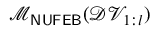
\mathcal { M } _ { \sf N U F E B } ( \mathcal { D V } _ { 1 : l } )